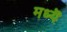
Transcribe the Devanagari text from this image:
मध्यॆ